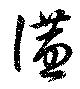
讌